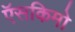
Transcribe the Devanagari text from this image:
ऍसकिमो